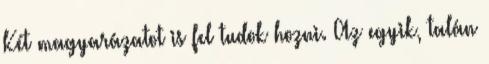
Két magyarázatot is fel tudok hozni. Az egyik, talán